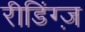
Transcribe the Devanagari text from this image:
रीडिंग्ज़